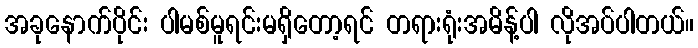
အခုနောက်ပိုင်း ပါမစ်မူရင်းမရှိတော့ရင် တရားရုံးအမိန့်ပါ လိုအပ်ပါတယ်။